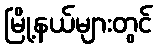
မြို့နယ်များတွင်